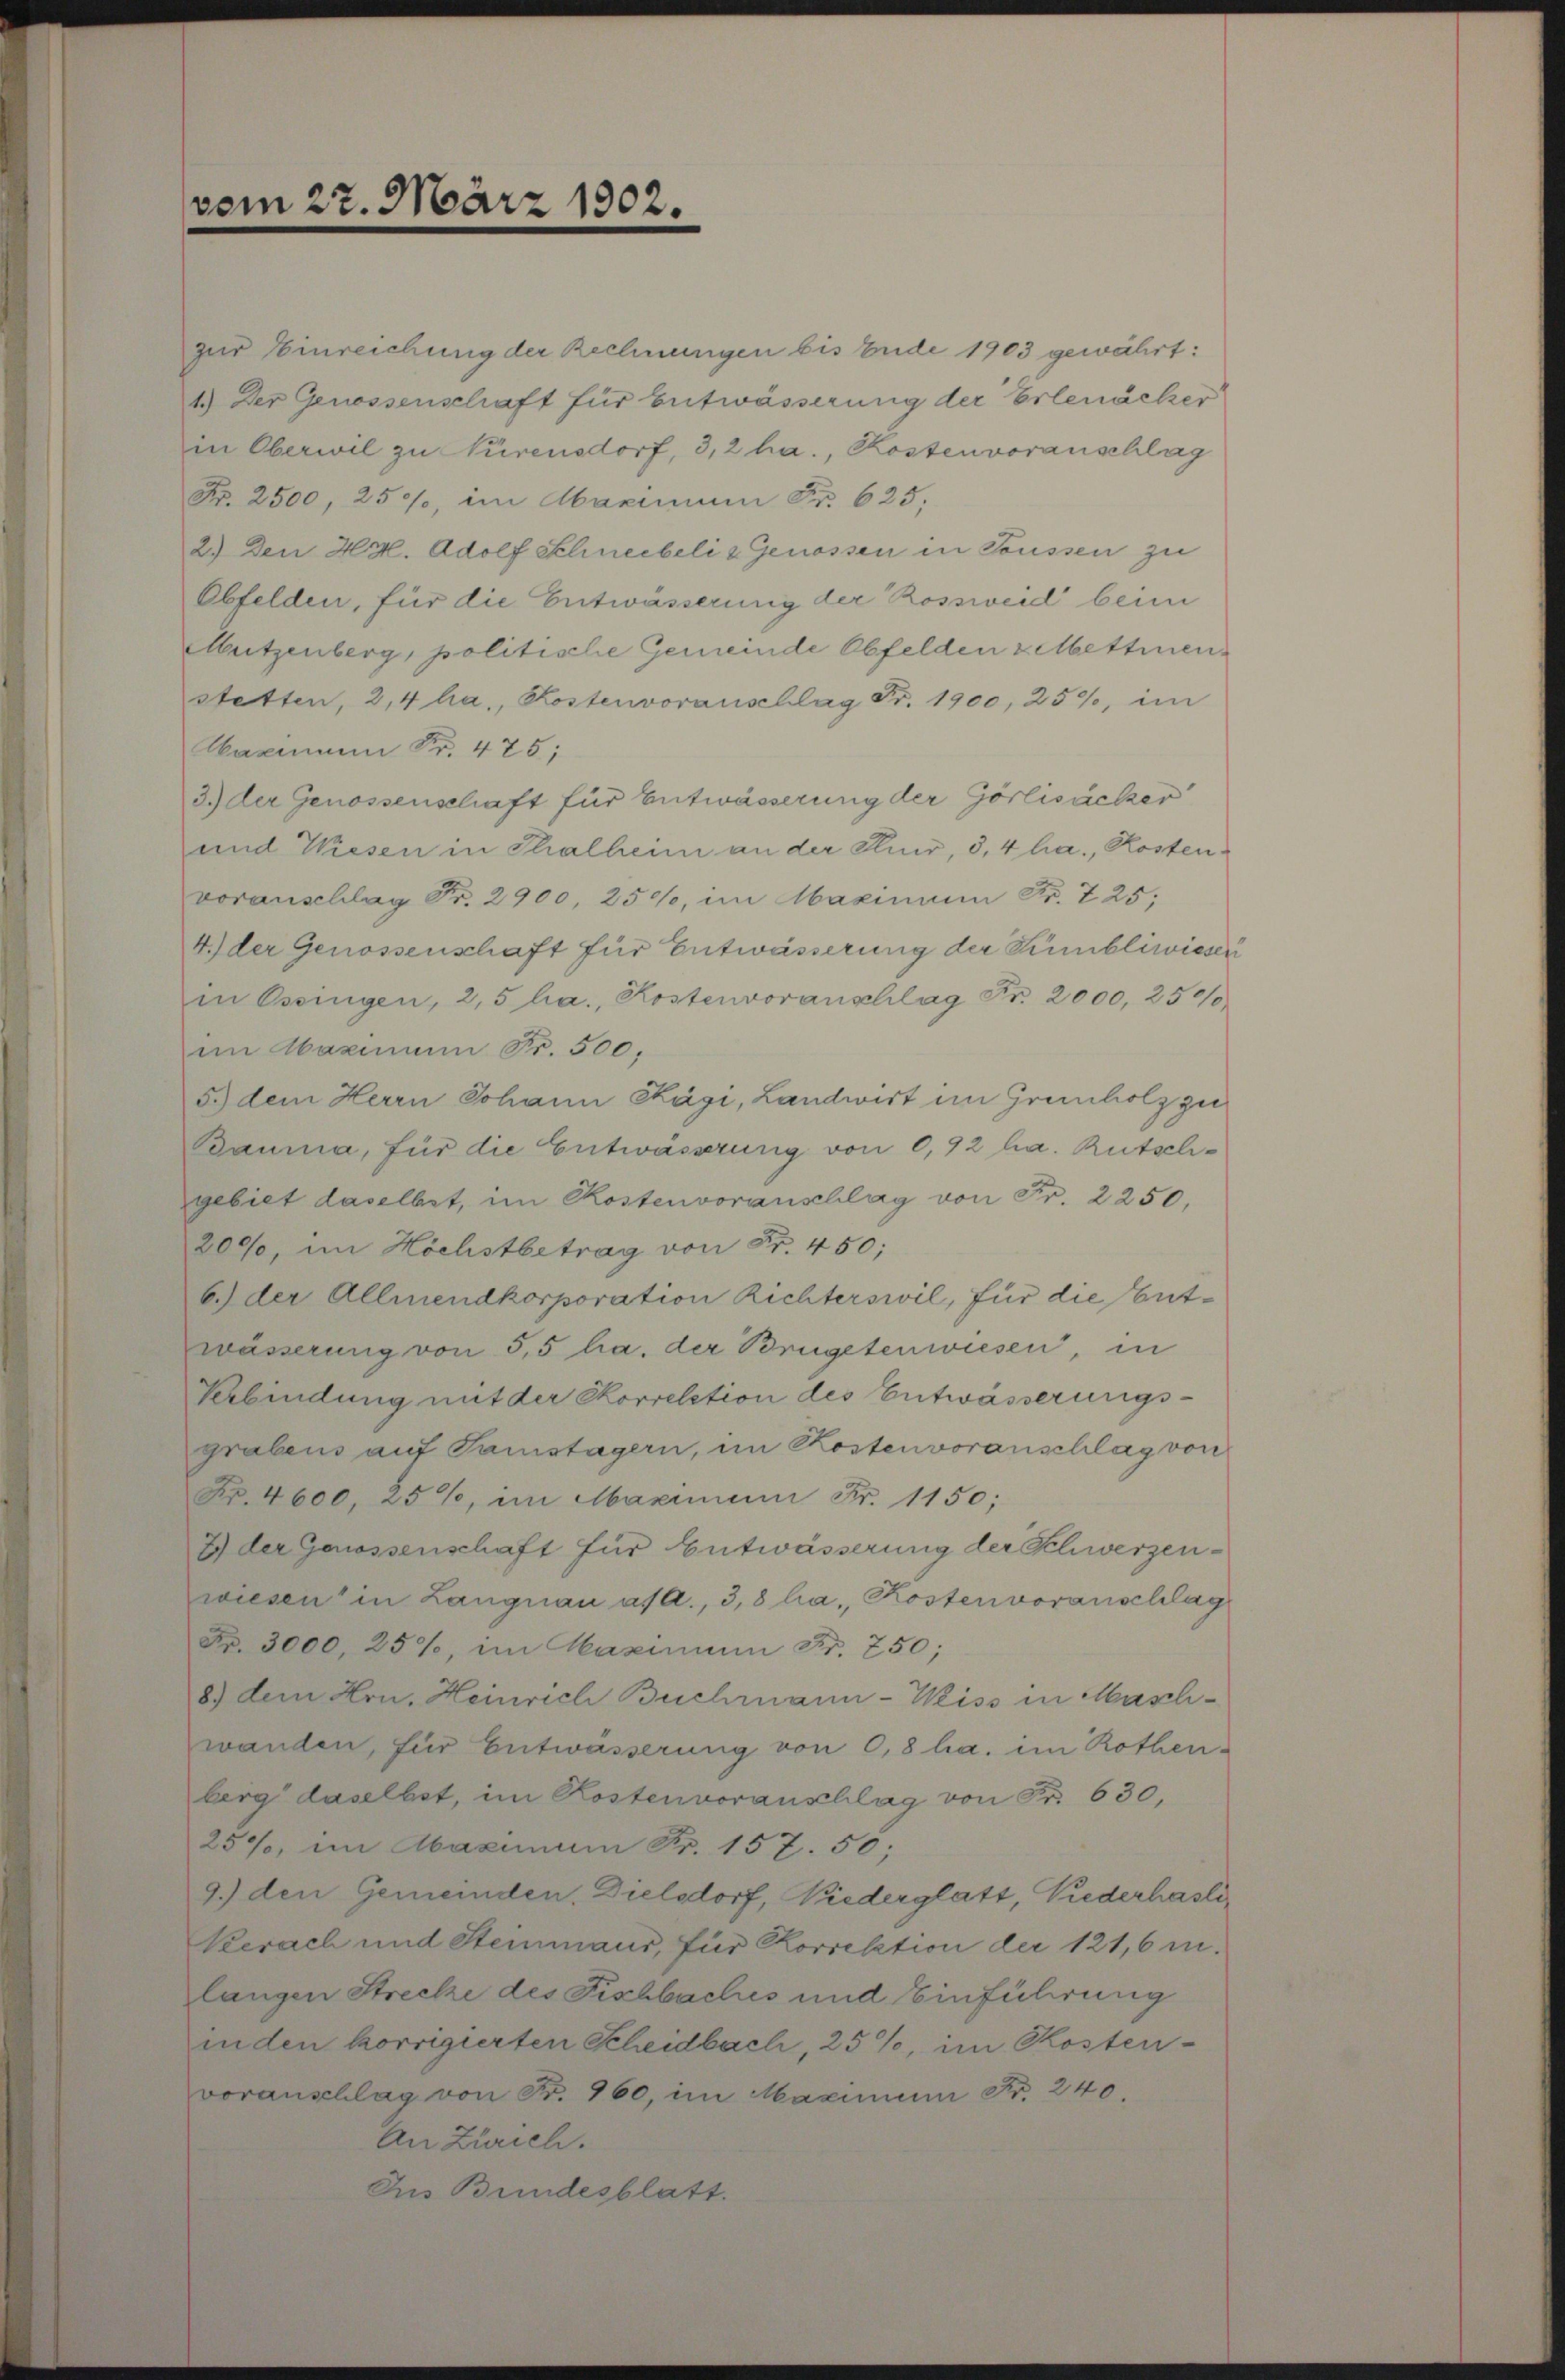
vom 22. März 1902.

zur Einreichung der Rechnungen bis Ende 1903 gewährt:
1.) Der Genossenschaft für Entwässerung der Erlenächer
in Oberwil zu Türensdorf, 3,2 ha., Kostenvoranschlag
Fr. 2500, 250, im Maximum Fr. 625.
2.) Den Hr. Adolf Schneebeli & Genossen in Toussen zu
Obfelden, für die Entwässerung der Rossweid beim
Mutzenberg, politische Gemeinde Obfelden selbettinen
stetten, 2,4 ha., Kostenvoranschlag Fr. 1900, 259, im
Maximum Fr. 475;
3.) der Genossenschaft für Entwässerung der Görlisäcker
und Wiesen in Thalheim an der Kind, 3, 4 ha., Kostenvoranschlag Fr. 2900, 250, im Maximum Fr. 7 25:
4.) der Genossenschaft für Entwässerung der Kümbliwieser
in Ossingen, 2,5 ha., Kostenvoranschlag Fr. 2000, 250/0
im Maximum Fr. 500,
5. dem Herrn Johann Kägi, Landwirt im Grunholz zu
Bauma, für die Entwässerung von 0,92 ha. Rutschgebiet daselbet, im Kostenvoranschlag von Fr. 2250.
200, im Höchstbetrag von Fr. 450;
6.) der Allmendkorporation Richterswil, für die Entwässerung von 5,5 ha. der Brügetenwiesen, in
Verbindung mit der Korrektion des Entwässerungs-
grabens auf Samstagern, im Kostenvoranschlag von
Fr. 4600, 25%, im Maximum Fr. 1150;
2) der Genossenschaft für Entwässerung der Schwerzen-
wiesen in Langnau asaA., 3,8 ha., Kostenvoranschlag
Fr. 3000, 25%, im Maximum Fr. 250;
8) dem Hrn. Heinrich Buchrnann-Weiss in Maschwanden, für Entwässerung von 0,8 ha. im Rothen-
berg daselbst, im Kostenvoranschlag von Fr. 630,
25%, im Abaximum Fr. 157. 50;
9.) den Gemeinden. Dielsdorf, Niederglatt, Niederhasli¬
Kerach und Steinmaur, für Korrektion der 121,6 m.
langen Strecke des Fischbaches und Einführung
inden korrigierten Scheidbach, 25%, im Kostenvoranschlag von Fr. 960, im Maximum Fr. 240.
An Zürich.
Aus Bundesblatt.